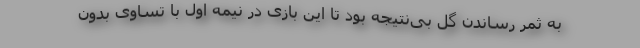
به ثمر رساندن گل بی‌نتیجه بود تا این بازی در نیمه اول با تساوی بدون